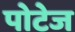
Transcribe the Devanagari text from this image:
पोटेज